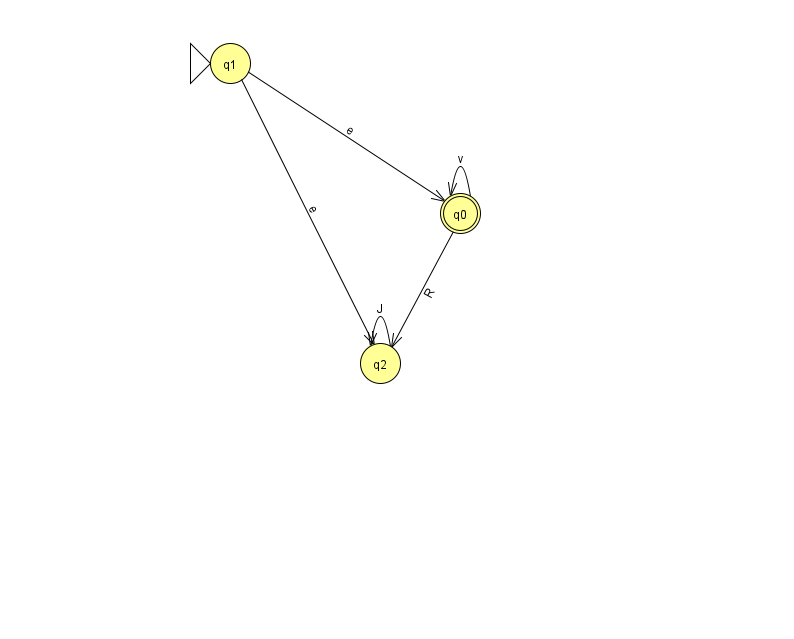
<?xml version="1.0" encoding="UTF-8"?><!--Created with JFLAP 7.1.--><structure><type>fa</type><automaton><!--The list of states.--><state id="0" name="q0"><x>460.0</x><y>200.0</y><final/></state><state id="1" name="q1"><x>230.0</x><y>50.0</y><initial/></state><state id="2" name="q2"><x>380.0</x><y>350.0</y></state><!--The list of transitions.--><transition><from>1</from><to>2</to><read>e</read></transition><transition><from>0</from><to>0</to><read>v</read></transition><transition><from>2</from><to>2</to><read>J</read></transition><transition><from>0</from><to>2</to><read>R</read></transition><transition><from>1</from><to>0</to><read>e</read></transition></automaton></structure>